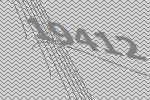
19412